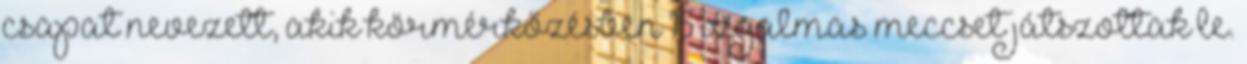
csapat nevezett, akik körmérkőzésben 15 izgalmas meccset játszottak le.